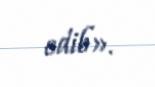
edib».